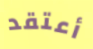
أعتقد